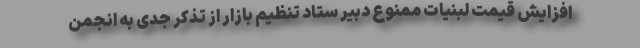
افزایش قیمت لبنیات ممنوع دبیر ستاد تنظیم بازار از تذکر جدی به انجمن